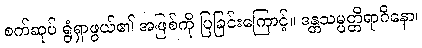
စက်ဆုပ် ရွံရှာဖွယ်၏ အဖြစ်ကို ပြခြင်းကြောင့်။ ဒန္တသမ္ပတ္တိရာဂိနော၊